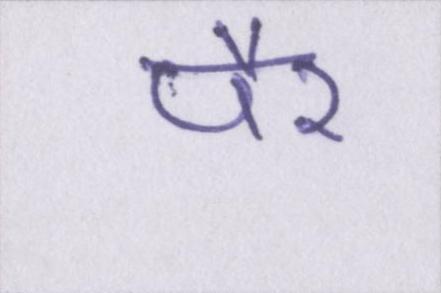
पैर